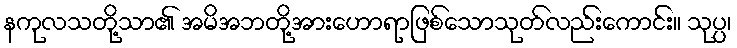
နကုလသတို့သာ၏ အမိအဘတို့အားဟောရာဖြစ်သောသုတ်လည်းကောင်း။ သုပ္ပ၊